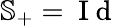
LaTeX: \mathbb{S}_{+}=\mathrm{~I~d~}